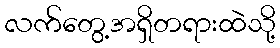
လက်တွေ့အရှိတရားထဲသို့